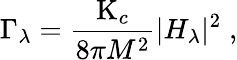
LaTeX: \Gamma_{\lambda}={\frac{\mathrm{K}_{c}}{8\pi M^{2}}}|H_{\lambda}|^{2}\; ,